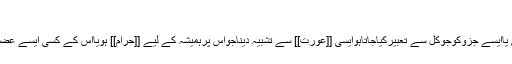
<ref>(بہارشریعت ،حصہ۸،ص۹۷)
'''ظِہار'''اپنی [[زوجہ]] یااس کے کسی جزوشائع یاایسے جزوکوجوکُل سے تعبیرکیاجاتاہوایسی [[عورت]] سے تَشْبِیْہ دیناجواس پرہمیشہ کے لیے [[حرام]] ہویااس کے کسی ایسے عضو سے تشبیہ دینا جس کی طرف دیکھناحرام ہو۔